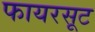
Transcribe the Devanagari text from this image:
फायरसूट